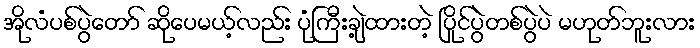
အိုလံပစ်ပွဲတော် ဆိုပေမယ့်လည်း ပုံကြီးချဲ့ထားတဲ့ ပြိုင်ပွဲတစ်ပွဲပဲ မဟုတ်ဘူးလား